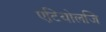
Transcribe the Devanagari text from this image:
एटियोलजि